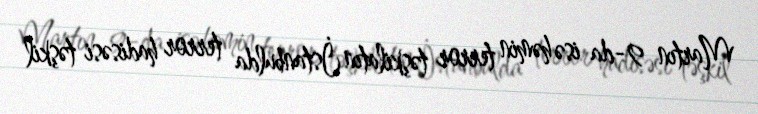
Martın 9-da isə həmin terror təşkilatın İstanbulda terror hadisəsi təşkil